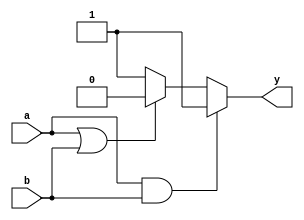
module combinational_logic (
    input wire a,        // First input
    input wire b,        // Second input
    output reg y        // Output
);

// Always block with sensitivity list for inputs a and b
always @ (a or b) begin
    // Continuous assignment using blocking assignment
    if (a && b) begin
        y = 1;          // Output is 1 if both inputs are 1
    end else if (a || b) begin
        y = 0;          // Output is 0 if at least one input is 1
    end else begin
        y = 1;          // Output is 1 if both inputs are 0
    end
end

endmodule